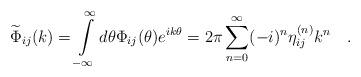
LaTeX: \begin{align*}\widetilde{\Phi }_{ij}(k)=\int\limits_{-\infty }^{\infty }d\theta \Phi_{ij}(\theta )e^{ik\theta }=2\pi \sum_{n=0}^{\infty }(-i)^{n}\eta_{ij}^{(n)}k^{n}\quad . \end{align*}